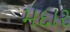
મદાર